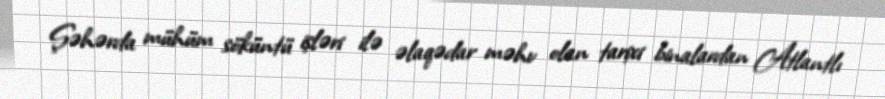
Şəhərda mühüm söküntü işləri ilə əlaqədar məhv olan tarixi binalardan Atlantlı